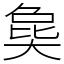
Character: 㚟